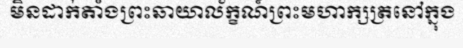
មិនដាក់តាំងព្រះឆាយាល័ក្ខណ៍ព្រះមហាក្សត្រនៅក្នុង